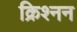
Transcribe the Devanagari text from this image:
क्रिश्नन